Vaccination in the Punjab 1883-1896 - 1883-1896
Year: 1883
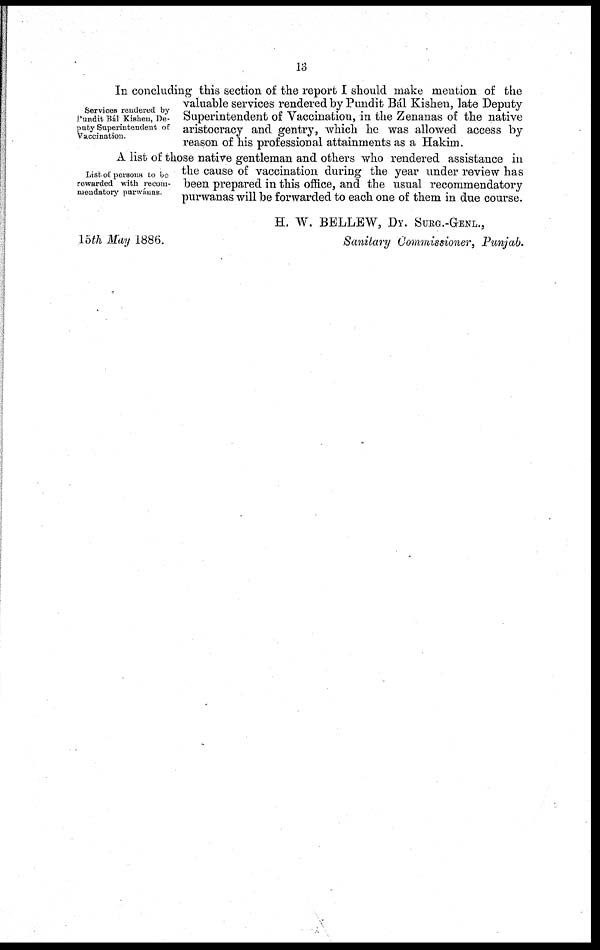
13
Services rendered by
Pundit Bál Kishen, De-
puty Superintendent of
Vaccination.
In concluding this section of the report I should make mention of the
valuable services rendered by Pundit Bál Kishen, late Deputy
Superintendent of Vaccination, in the Zenanas of the native
aristocracy and gentry, which he was allowed access by
reason of his professional attainments as a Hakim.
List of persons to bo
rewarded with recom-
mendatory purwánas.
A list of those native gentleman and others who rendered assistance in
the cause of vaccination during the year under review has
been prepared in this office, and the usual recommendatory
purwanas will be forwarded to each one of them in due course.
15th May 1886.
H. W. BELLEW, DY. SURG.-GENL.,
Sanitary Commissioner, Punjab.